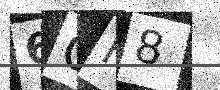
Text: 6QH8